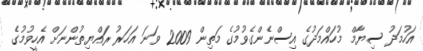
އަހުމަދު ސިޔާމް މުހައްމަދުގެ އިސްނެންގެވުމުގެ މަތިން 2009 ވަނަ އަހަރު ރައްޔިތުންނަށް އެހީވުމުގެ